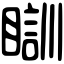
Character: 瞓